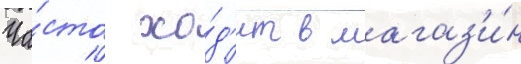
Ча́сто хо́д'ит в магаз'и́н